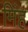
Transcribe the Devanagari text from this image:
मिंह